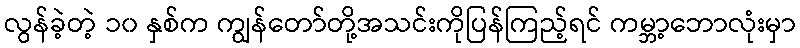
လွန်ခဲ့တဲ့ ၁၀ နှစ်က ကျွန်တော်တို့အသင်းကိုပြန်ကြည့်ရင် ကမ္ဘာ့ဘောလုံးမှာ